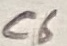
Text: C6